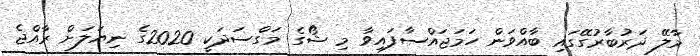
މާލޭ ދަރުބާރުގޭގައި ބާއްވަން ހަމަޖައްސާފައިވާ މި ޝޯގެ މަގްސަދަކީ 2020ގެ ނިޔަލަށް ރާއްޖެ